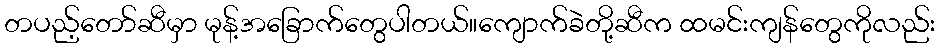
တပည့်တော်ဆီမှာ မုန့်အခြောက်တွေပါတယ်။ကျောက်ခဲတို့ဆီက ထမင်းကျန်တွေကိုလည်း